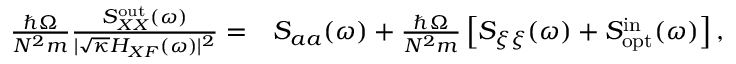
\begin{array} { r l } { \frac { \hbar \Omega } { N ^ { 2 } m } \frac { S _ { X X } ^ { \mathrm { o u t } } ( \omega ) } { | \sqrt { \kappa } H _ { X F } ( \omega ) | ^ { 2 } } = } & { S _ { a a } ( \omega ) + \frac { \hbar \Omega } { N ^ { 2 } m } \left[ S _ { \xi \xi } ( \omega ) + S _ { \mathrm { o p t } } ^ { \mathrm { i n } } ( \omega ) \right] , } \end{array}